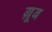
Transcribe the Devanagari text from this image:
ग्रूब